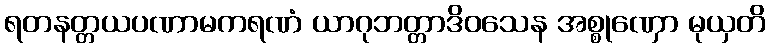
ရတနတ္တယပဏာမကရဏံ ယာဂုဘတ္တာဒိဝသေန အစ္စုဏှော မုယှတိ